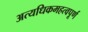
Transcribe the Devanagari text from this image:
अत्यधिकमहत्वपूर्ण